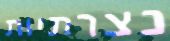
נצרתיות